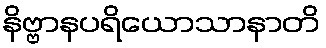
နိဗ္ဗာနပရိယောသာနာတိ